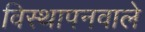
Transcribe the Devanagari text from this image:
विस्थापनवाले